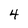
Character: 4